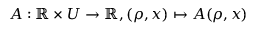
A : \mathbb { R } \times U \rightarrow \mathbb { R } , ( \rho , x ) \mapsto A ( \rho , x )